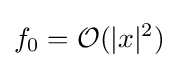
f_{0}={\mathcal {O}}(|x|^{2})